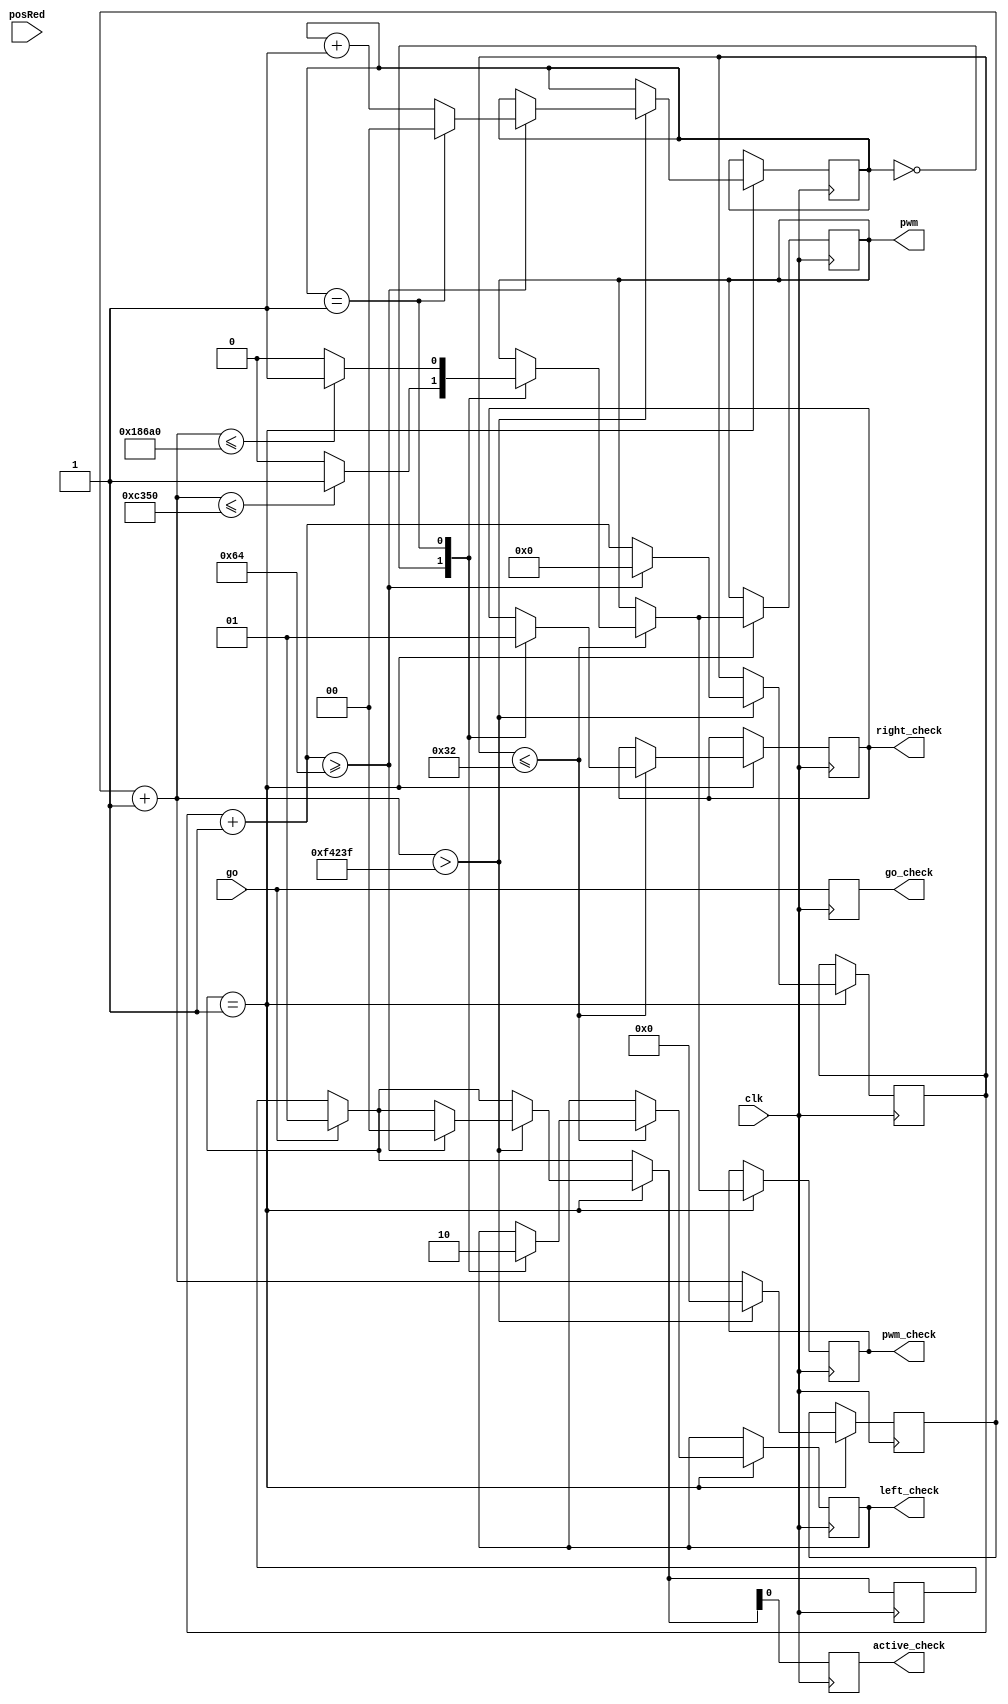
/*********************************************************
 *
 *  This design is responsible for taking signal from MBED
 * and running proper code when recieve this signal.
 *
 *  At the moment, this code is only waiting for go signal
 * and when this signal is recieved, it is dispensing one
 * token (= move servo 90 deg).
 *
 * TODO
 *
 *  This code should also wait for change color and lift
 * signals from MBED. When first signal is recieved, FPGA
 * should send signal to second servo to move to proper
 * position in order to change color of tokens dispensed.
 *
 *  Second signal should cause lift servo move 90 degree
 * to lift up tokens. After another signal is recieved
 * (when head is closed) servo go back = lift is going down.
 *
 *  Also, check all sizes if they need to be so big, if not,
 * don't waste resource
 *
 * -----
 *
 * Last edit:			28/10/2012
 *
**********************************************************/


module lab2 (clk, go, pwm, posRed, pwm_check, left_check, right_check, active_check, go_check);
 
 /* INPUTS */
 
 // clk:			50 MHz clock from FPGA
 // go:			when recieved, start dispensing tokens
 input clk;
 input go;
 
 // posRed:		when recieved, change color position to red (should be 2 more like this, or look at the comment down)
 input posRed;

 /* OUTPUTS */
 
 // pwm:			pwm output signal for servos
 output pwm;
 reg pwm;
 
 // *_check:	feedback signals, helping with debugging.
 output pwm_check, left_check, right_check, active_check, go_check;
 reg left_check, right_check, pwm_check, active_check, go_check;

 /*****************************
  *
  * Clock is 50 MHz, therefore clock period = 20 ns
  * 
  * By simple calculation, 20 ms (pulse interval) is 1'000'000 clock ticks
  * Servo is taking 1 ms pulse for goring left, 2 ms for going right (90 deg move)
  * while 1.5 ms is 45 deg move
  *
  * 1 ms is 50'000 ticks
  * 1.5 ms is 65'000 ticks
  * 2 ms is 100'000 ticks
  *
  * Those values are saved as parameters below
  *
 ******************************/ 

 parameter [16:0] PWM_length_left = 50000;
 parameter [16:0] PMW_length_mid = 65000;
 parameter [16:0] PWM_length_right = 100000;

 // Counter is counting clock ticks. One full cycle is 1'000'000 ticks
 reg [20:0] counter = 0;
 
 // Certain about of PWM pulses must be sent to servo and this is counting
 // TODO: Check what is the lowest number we need and use it
 reg [9:0] cycleCounter = 0;
 parameter [7:0] cycleAmount = 50; // This was addaed now, no checking, should work, but check, if not just change to 50 in code 
 
 // Direction saves what is current position of dispensing servo and therefore indicating what direction it should move to dispense
 reg [1:0] direction = 0;
 
 // No idea why we need this
 reg [4:0] go_count = 0;
 
 // If active is one, dispense token. By default 0, change when recieve go signal
 reg [1:0] active = 0;

	always @(posedge clk) begin

		// If go signal from MBED is 1, dispense coin (= change active to 1)
		if(go) begin
			active = 1;
			go_count = go_count +1; // No idea what this one is for
		end
		
		// If active = 1, dispense coin
		if(active == 1) begin

			counter = counter+1; // Increase steps counter

			if(cycleCounter <= cycleAmount) begin
				case (direction) // Direction of movement based on curent position
					0: begin
						// Feedback signals
						left_check = 1;
						right_check = 0;
						
						// If number of ticks is below or equal to amount needed, send 1, otherwise 0
						if (counter <= PWM_length_left) pwm = 1;
						else pwm = 0;
					end

					1: begin
						left_check = 0;
						right_check = 1;
						if (counter <= PWM_length_right) pwm = 1;
						else pwm = 0;
					end
				endcase
			end
			// When full cycle complete, go from beginning, increse cycle counter
			if (counter > 999999) begin
				counter = 0;
				cycleCounter = cycleCounter+1;
				
				// If enough pulses were sent, zero all counters and set active to 0
				if (cycleCounter >= 100) begin // I think it should be just cycleAmount, not 100, but check it! As far as I remember it is only to make gap between movements
					// Change direction
					if (direction == 1) direction = 0;
					else direction = direction+1;
					cycleCounter = 0;
					active = 0;
				end
			end
			
			// Feedback signal
			pwm_check <= pwm;
		end
		
		active_check <= active;
		go_check <= go;
	end

endmodule